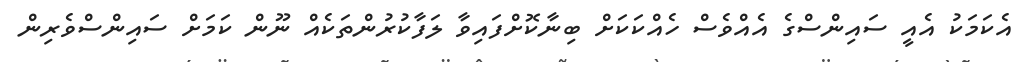
އެކަމަކު އެއީ ސައިންސްގެ އެއްވެސް ހެއްކަކަށް ބިނާކޮށްފައިވާ ލަފާކުރުންތަކެއް ނޫން ކަމަށް ސައިންސްވެރިން